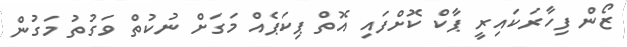
ޒޯން ފިހާރަކައިރީ ޕާކް ކޮށްފައި އޮތް ޕިކަޕެއް މަގަށް ނުކުތް ވަގުތު މަގުން